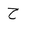
Letter: _ha